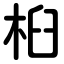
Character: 桕